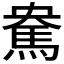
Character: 𩢥